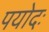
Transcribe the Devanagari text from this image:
पयोदः